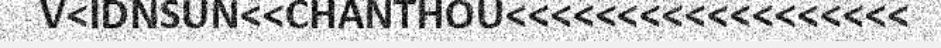
V<IDNSUN<<CHANTHOU<<<<<<<<<<<<<<<<<<